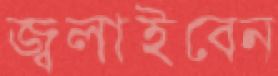
জ্বলাইবেন